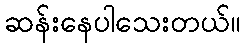
ဆန်းနေပါသေးတယ်။